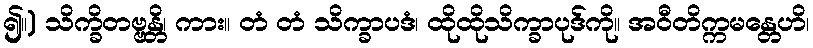
၍။) သိက္ခိတဗ္ဗန္တိ၊ ကား။ တံ တံ သိက္ခာပဒံ၊ ထိုထိုသိက္ခာပုဒ်ကို။ အဝီတိက္ကမန္တေဟိ၊